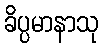
ခိပ္ပမာနာသု